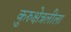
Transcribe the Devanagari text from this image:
कुरुक्षेत्रलीला